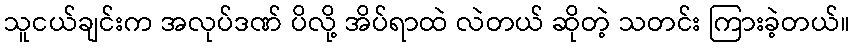
သူငယ်ချင်းက အလုပ်ဒဏ် ပိလို့ အိပ်ရာထဲ လဲတယ် ဆိုတဲ့ သတင်း ကြားခဲ့တယ်။